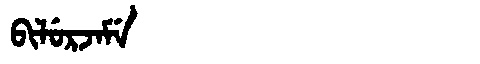
Manchu: ᠪᡳᠯᡠᡵᠵᠠᠮᡝ
Romanization: BILURJAME